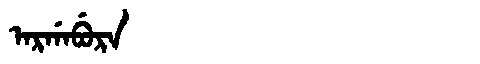
Manchu: ᠠᡵᡤᠠᠪᡠᡵᠠ
Romanization: ARGABURA